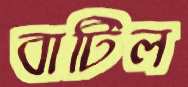
বাটিল